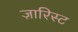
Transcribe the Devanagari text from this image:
ज़ारिस्ट